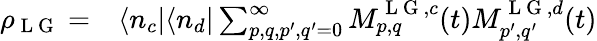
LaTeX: \begin{array}{rl}{\rho_{\mathrm{~L~G~}}=}&{{}\langle n_{c}|\langle n_{d}|\sum_{p,q,p^{\prime},q^{\prime}=0}^{\infty}M_{p,q}^{\mathrm{~L~G~},c}(t)M_{p^{\prime},q^{\prime}}^{\mathrm{~L~G~},d}(t)}\end{array}